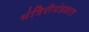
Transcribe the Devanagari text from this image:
मंत्रिरीमंडळात